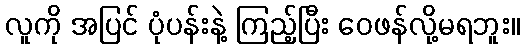
လူကို အပြင် ပုံပန်းနဲ့ ကြည့်ပြီး ဝေဖန်လို့မရဘူး။